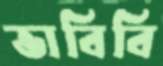
ভাবিবি